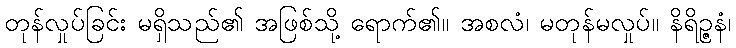
တုန်လှုပ်ခြင်း မရှိသည်၏ အဖြစ်သို့ ရောက်၏။ အစလံ၊ မတုန်မလှုပ်။ နိရိဉ္ဇနံ၊